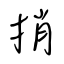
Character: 捎